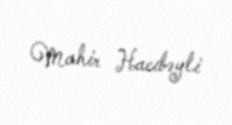
Mahir Hacıbəyli